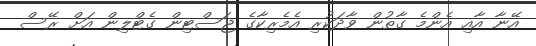
އޭނާ އާއި އެންމެ ގާތުން ވާދަކުރި އެމެރިކާގެ ޖަސްޓިން ގެޓްލިން އަށް ރޭސް